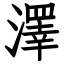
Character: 澤